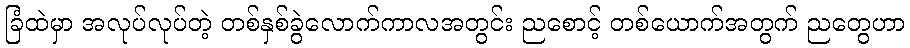
ခြံထဲမှာ အလုပ်လုပ်တဲ့ တစ်နှစ်ခွဲလောက်ကာလအတွင်း ညစောင့် တစ်ယောက်အတွက် ညတွေဟာ